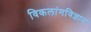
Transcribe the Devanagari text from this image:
विकलांगविज्ञान